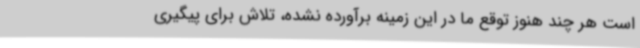
است هر چند هنوز توقع ما در این زمینه برآورده نشده، تلاش برای پیگیری